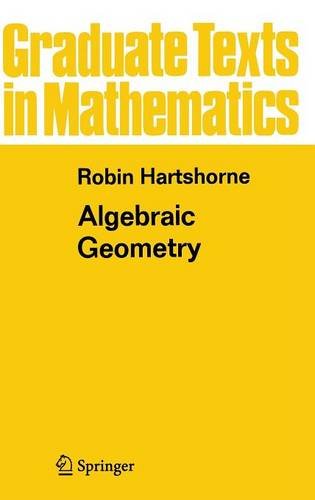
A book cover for Algebraic Geometry (Graduate Texts in Mathematics); Robin Hartshorne; Science & Math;